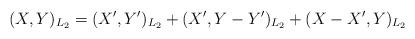
LaTeX: \begin{align*} (X, Y)_{L_2} = ( X', Y')_{L_2} + ( X', Y - Y' )_{L_2} + ( X - X', Y )_{L_2} \end{align*}